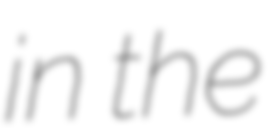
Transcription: in the